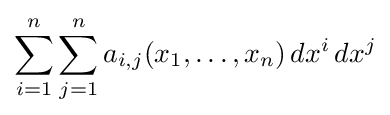
\sum _{i=1}^{n}\sum _{j=1}^{n}a_{i,j}(x_{1},\ldots ,x_{n})\,dx^{i}\,dx^{j}